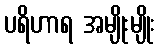
ပရိဟာရ အမျိုးမျိုး